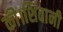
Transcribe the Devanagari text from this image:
की।शिवानी